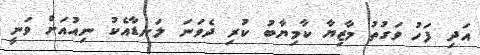
އަދި ފަހު ވަގުތު މާޒިޔާ ކާމިޔާބު ކުރި ދެވަނަ ލަނޑާއެކު ނިއުއަށް ވަނީ